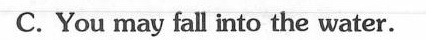
C. You may fall into the water.